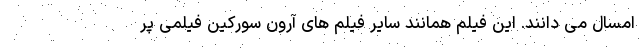
امسال می دانند. این فیلم همانند سایر فیلم های آرون سورکین فیلمی پر